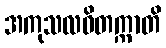
အကုသလဝိတက္ကာတိ